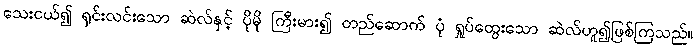
သေးငယ်၍ ရှင်းလင်းသော ဆဲလ်နှင့် ပိုမို ကြီးမား၍ တည်ဆောက် ပုံ ရှုပ်ထွေးသော ဆဲလ်ဟူ၍ဖြစ်ကြသည်။